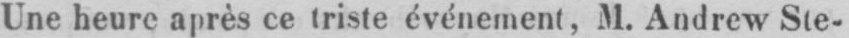
Une heure après ce triste événement, M. Andrew Ste-